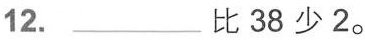
12. ___比38少2。